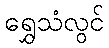
ရွှေသံလွင်